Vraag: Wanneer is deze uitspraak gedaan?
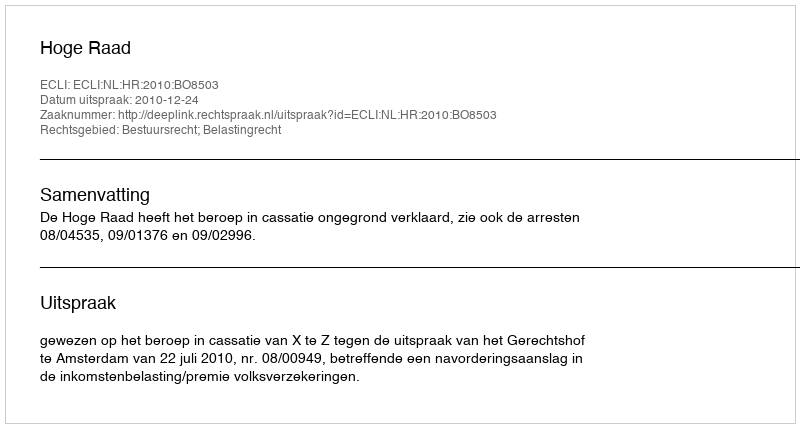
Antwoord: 2010-12-24